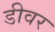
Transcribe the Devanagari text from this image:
डीवर